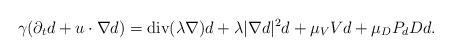
LaTeX: \begin{align*}\gamma(\partial_t d +u\cdot\nabla d) = {\rm div}(\lambda\nabla)d +\lambda|\nabla d|^2d + \mu_V Vd +\mu_D P_dDd.\end{align*}